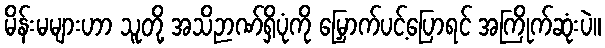
မိန်းမများဟာ သူတို့ အသိဉာဏ်ရှိပုံကို မြှောက်ပင့်ပြောရင် အကြိုက်ဆုံးပဲ။